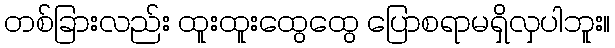
တစ်ခြားလည်း ထူးထူးထွေထွေ ပြောစရာမရှိလှပါဘူး။